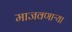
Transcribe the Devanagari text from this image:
माजवणाऱ्या